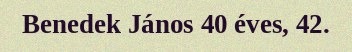
Benedek János 40 éves, 42.